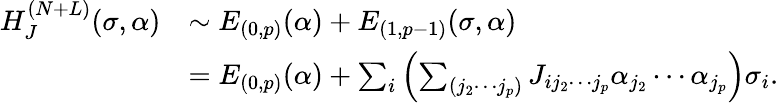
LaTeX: \begin{array}{rl}{H_{J}^{(N+L)}(\sigma,\alpha)}&{\sim E_{(0,p)}(\alpha)+E_{(1,p-1)}(\sigma,\alpha)}\\ &{=E_{(0,p)}(\alpha)+\sum_{i}\left(\sum_{(j_{2}\cdots j_{p})}J_{ij_{2}\cdots j_{p}}\alpha_{j_{2}}\cdots\alpha_{j_{p}}\right)\sigma_{i}.}\end{array}